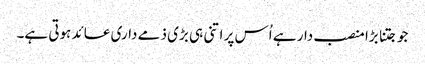
جو جتنا بڑا منصب دار ہے اُس پر اتنی ہی بڑی ذمے داری عائد ہوتی ہے۔